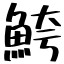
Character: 鮬